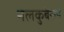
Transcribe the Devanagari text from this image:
नलकुबेराने